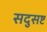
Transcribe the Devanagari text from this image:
सदुसष्ट